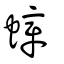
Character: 蟑